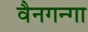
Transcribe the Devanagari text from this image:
वैनगन्गा